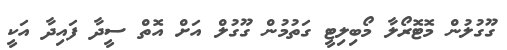
ގޫގުލުން މޮޓޮރޯލާ މޯބިލިޓީ ގަތުމުން ގޫގުލް އަށް އޮތް ސީދާ ފައިދާ އަކީ